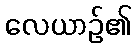
လေယာဉ်၏